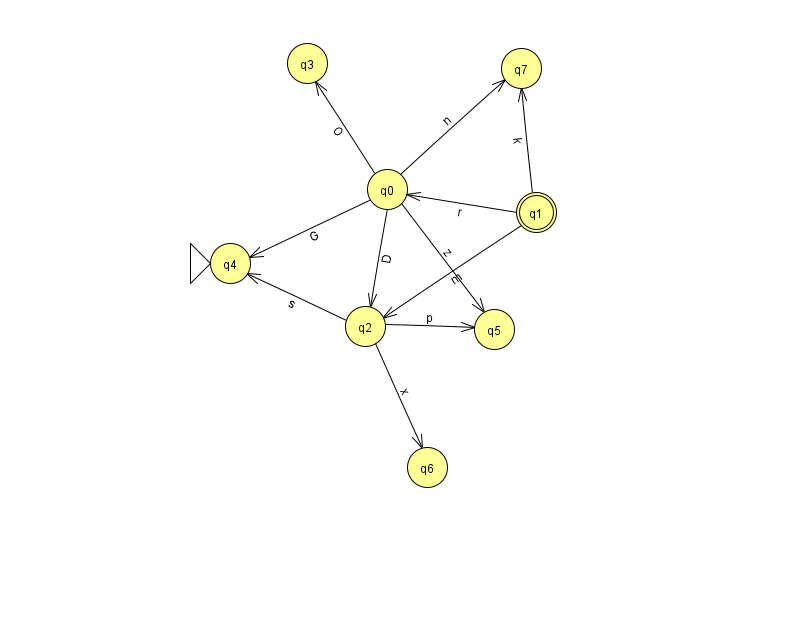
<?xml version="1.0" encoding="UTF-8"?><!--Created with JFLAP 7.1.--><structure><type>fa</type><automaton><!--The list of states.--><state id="0" name="q0"><x>387.0</x><y>176.0</y></state><state id="1" name="q1"><x>536.0</x><y>199.0</y><final/></state><state id="2" name="q2"><x>365.0</x><y>313.0</y></state><state id="3" name="q3"><x>307.0</x><y>50.0</y></state><state id="4" name="q4"><x>230.0</x><y>250.0</y><initial/></state><state id="5" name="q5"><x>494.0</x><y>316.0</y></state><state id="6" name="q6"><x>427.0</x><y>454.0</y></state><state id="7" name="q7"><x>521.0</x><y>55.0</y></state><!--The list of transitions.--><transition><from>0</from><to>4</to><read>G</read></transition><transition><from>0</from><to>7</to><read>n</read></transition><transition><from>2</from><to>6</to><read>x</read></transition><transition><from>0</from><to>3</to><read>O</read></transition><transition><from>0</from><to>5</to><read>z</read></transition><transition><from>2</from><to>4</to><read>s</read></transition><transition><from>0</from><to>2</to><read>D</read></transition><transition><from>1</from><to>7</to><read>k</read></transition><transition><from>1</from><to>2</to><read>m</read></transition><transition><from>1</from><to>0</to><read>r</read></transition><transition><from>2</from><to>5</to><read>p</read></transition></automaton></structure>